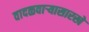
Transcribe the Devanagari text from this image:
वादळवाऱ्यासारखे